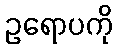
ဥရောပကို